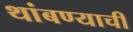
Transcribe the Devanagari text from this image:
थांबण्याची